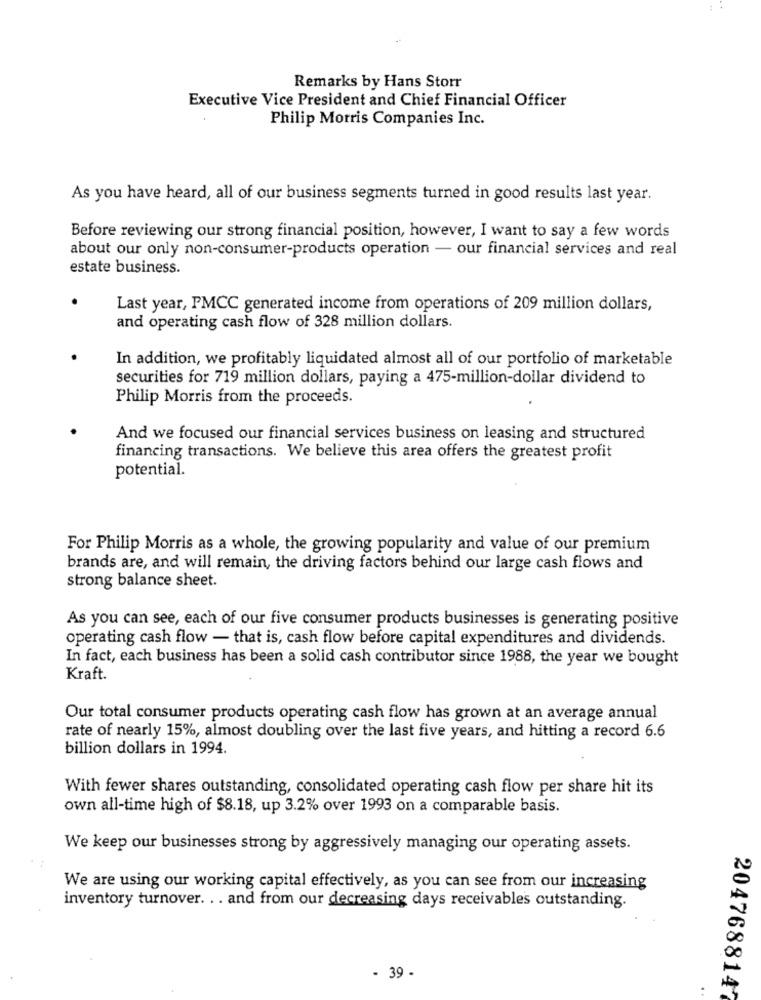
Remarks by Hans Storr
Executive Vice President and Chief Financial Officer
Philip Morris Companies Inc.
As you have heard, all of our business segments turned in good results last year.
Before reviewing our strong financial position, however, I want to say a few words
about our only non-consumer-products operation - our financial services and real
estate business.
Last year, PMCC generated income from operations of 209 million dollars,
and operating cash flow of 328 million dollars.
In addition, we profitably liquidated almost all of our portfolio of marketable
securities for 719 million dollars, paying a 475-million-dollar dividend to
Philip Morris from the proceeds.
And we focused our financial services business on leasing and structured
financing transactions. We believe this area offers the greatest profit
potential.
For Philip Morris as a whole, the growing popularity and value of our premium
brands are, and will remain, the driving factors behind our large cash flows and
strong balance sheet.
As you can see, each of our five consumer products businesses is generating positive
operating cash flow - that is, cash flow before capital expenditures and dividends.
In fact, each business has been a solid cash contributor since 1988, the year we bought
Kraft.
Our total consumer products operating cash flow has grown at an average annual
rate of nearly 15%, almost doubling over the last five years, and hitting a record 6.6
billion dollars in 1994.
With fewer shares outstanding, consolidated operating cash flow per share hit its
own all-time high of $8.18, up 3.2% over 1993 on a comparable basis.
We keep our businesses strong by aggressively managing our operating assets.
We are using our working capital effectively, as you can see from our increasing
inventory turnover. .. and from our decreasing days receivables outstanding.
- 39 -
.
2047688147